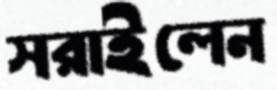
সরাইলেন